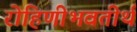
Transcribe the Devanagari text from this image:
रोहिणीभवतीर्थ